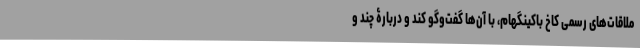
ملاقات‌های رسمی کاخ باکینگهام، با آن‌ها گفت‌وگو کند و دربارۀ چند و